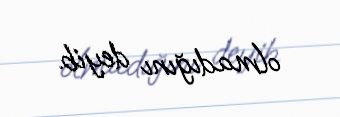
olmadığını deyib.